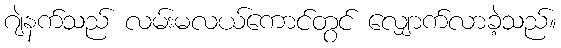
ဂျဲနက်သည် လမ်းမလယ်ကောင်တွင် လျှောက်လာခဲ့သည်။